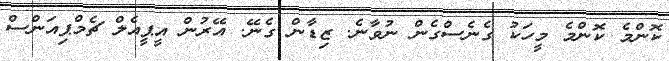
ކޮންމެ ކޮންމެ މީހަކު ގެނެސްްގެން ނުވާނެ. ޒިޑާން ގެނޭ. އޭރުން އީޕީއެލް ޗެމްޕިއަންސް